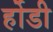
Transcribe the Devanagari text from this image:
र्होडी